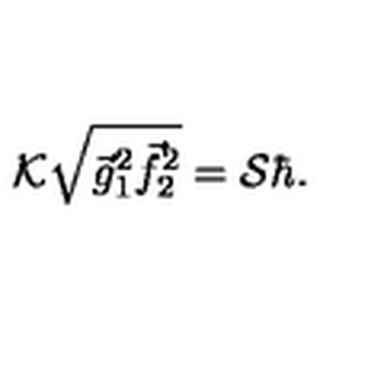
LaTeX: { \cal K } \sqrt { { \vec { g } } _ { 1 } ^ { 2 } { \vec { f } } _ { 2 } ^ { 2 } } = { \cal S } { \hbar } .